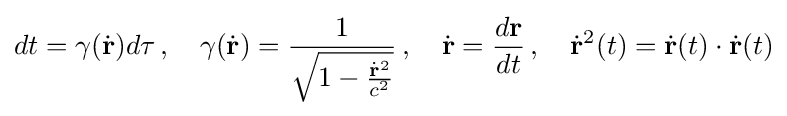
dt=\gamma ({\dot {\mathbf {r} }})d\tau \,,\quad \gamma ({\dot {\mathbf {r} }})={\frac {1}{\sqrt {1-{\frac {{\dot {\mathbf {r} }}^{2}}{c^{2}}}}}}\,,\quad {\dot {\mathbf {r} }}={\frac {d\mathbf {r} }{dt}}\,,\quad {\dot {\mathbf {r} }}^{2}(t)={\dot {\mathbf {r} }}(t)\cdot {\dot {\mathbf {r} }}(t)